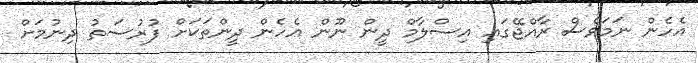
އެހެން ނަމަވެސް ރާއްޖޭގައި އިސްލާމް ދީން ނޫން އެހެން ދީންތަކަށް ފުރުސަތު ދިނުމަށް